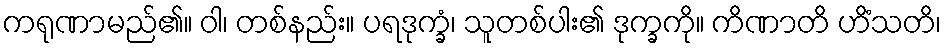
ကရုဏာမည်၏။ ဝါ၊ တစ်နည်း။ ပရဒုက္ခံ၊ သူတစ်ပါး၏ ဒုက္ခကို။ ကိဏာတိ ဟိံသတိ၊